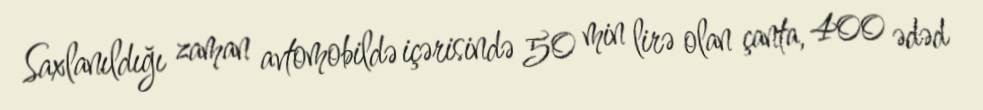
Saxlanıldığı zaman avtomobildə içərisində 50 min lirə olan çanta, 400 ədəd